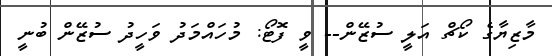
މާޒިޔާގެ ކޯޗް އަލީ ސުޒޭން-- ވީ ފޮޓޯ: މުހައްމަދު ވަހީދު ސުޒޭން ބުނީ